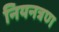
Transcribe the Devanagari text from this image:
नियनत्रण